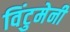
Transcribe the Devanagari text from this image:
विंटुमेनी